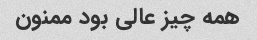
همه چیز عالی بود ممنون